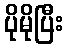
ပိုမိုပြီး